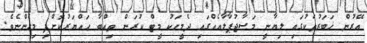
އޭރުން ޚަބަރުތަކުގައި ލިޔާނީ މަސާޖުޕާލާއެއްގައި ދެމީހަކު މީޓް ކުރަން ތިއްބާ ހައްޔަރުކޮށްފި މިހެންނެވެ.